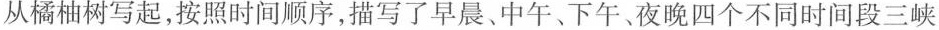
从橘柚树写起,按照时间顺序,描写了早晨、中午、下午、夜晚四个不同时间段三峡